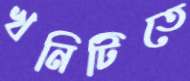
খনিটিতে